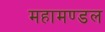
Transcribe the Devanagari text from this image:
महामण्‍डल